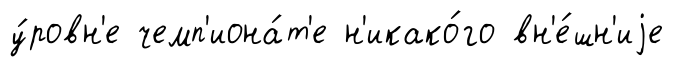
у́ровн'е чемп'иона́т'е н'икако́го вн'е́шн'иjе